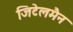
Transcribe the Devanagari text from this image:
जिटेलमैन